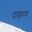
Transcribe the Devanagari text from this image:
दाखवण्या